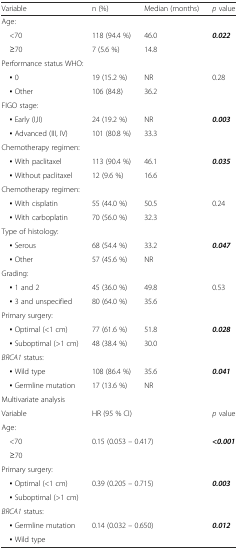
<table><thead><tr><td><b>Variable</b></td><td><b>n (%)</b></td><td><b>Median (months)</b></td><td><b><i>p</i> value</b></td></tr></thead><tbody><tr><td colspan="4">Age:</td></tr><tr><td> &lt;70</td><td>118 (94.4 %)</td><td>46.0</td><td rowspan="2"><b><i>0.022</i></b></td></tr><tr><td> ≥70</td><td>7 (5.6 %)</td><td>14.8</td></tr><tr><td colspan="4">Performance status WHO:</td></tr><tr><td> ▪ 0</td><td>19 (15.2 %)</td><td>NR</td><td>0.28</td></tr><tr><td> ▪ Other</td><td>106 (84.8)</td><td>36.2</td><td></td></tr><tr><td colspan="4">FIGO stage:</td></tr><tr><td> ▪ Early (I,II)</td><td>24 (19.2 %)</td><td>NR</td><td><b><i>0.003</i></b></td></tr><tr><td> ▪ Advanced (III, IV)</td><td>101 (80.8 %)</td><td>33.3</td><td></td></tr><tr><td colspan="4">Chemotherapy regimen:</td></tr><tr><td> ▪ With paclitaxel</td><td>113 (90.4 %)</td><td>46.1</td><td><b><i>0.035</i></b></td></tr><tr><td> ▪ Without paclitaxel</td><td>12 (9.6 %)</td><td>16.6</td><td></td></tr><tr><td colspan="4">Chemotherapy regimen:</td></tr><tr><td> ▪ With cisplatin</td><td>55 (44.0 %)</td><td>50.5</td><td>0.24</td></tr><tr><td> ▪ With carboplatin</td><td>70 (56.0 %)</td><td>32.3</td><td></td></tr><tr><td colspan="4">Type of histology:</td></tr><tr><td> ▪ Serous</td><td>68 (54.4 %)</td><td>33.2</td><td><b><i>0.047</i></b></td></tr><tr><td> ▪ Other</td><td>57 (45.6 %)</td><td>NR</td><td></td></tr><tr><td colspan="4">Grading:</td></tr><tr><td> ▪ 1 and 2</td><td>45 (36.0 %)</td><td>49.8</td><td>0.53</td></tr><tr><td> ▪ 3 and unspecified</td><td>80 (64.0 %)</td><td>35.6</td><td></td></tr><tr><td colspan="4">Primary surgery:</td></tr><tr><td> ▪ Optimal (&lt;1 cm)</td><td>77 (61.6 %)</td><td>51.8</td><td><b><i>0.028</i></b></td></tr><tr><td> ▪ Suboptimal (&gt;1 cm)</td><td>48 (38.4 %)</td><td>30.0</td><td></td></tr><tr><td colspan="4"><i>BRCA1</i> status:</td></tr><tr><td> ▪ Wild type</td><td>108 (86.4 %)</td><td>35.6</td><td><b><i>0.041</i></b></td></tr><tr><td> ▪ Germline mutation</td><td>17 (13.6 %)</td><td>NR</td><td></td></tr><tr><td colspan="4">Multivariate analysis</td></tr><tr><td>Variable</td><td colspan="2">HR (95 % CI)</td><td><i>p</i> value</td></tr><tr><td colspan="4">Age:</td></tr><tr><td> &lt;70</td><td colspan="2">0.15 (0.053 – 0.417)</td><td><b>&lt;</b><b><i>0.001</i></b></td></tr><tr><td colspan="4"> ≥70</td></tr><tr><td colspan="4">Primary surgery:</td></tr><tr><td> ▪ Optimal (&lt;1 cm)</td><td colspan="2">0.39 (0.205 – 0.715)</td><td><b><i>0.003</i></b></td></tr><tr><td colspan="4"> ▪ Suboptimal (&gt;1 cm)</td></tr><tr><td colspan="4"><i>BRCA1</i> status:</td></tr><tr><td> ▪ Germline mutation</td><td colspan="2">0.14 (0.032 – 0.650)</td><td><b><i>0.012</i></b></td></tr><tr><td colspan="4"> ▪ Wild type</td></tr></tbody></table>